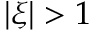
| \xi | > 1